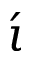
\acute { \iota }